Civil Veterinary Department Bengal reports 1923-33 - 1923-1933
Year: 1923
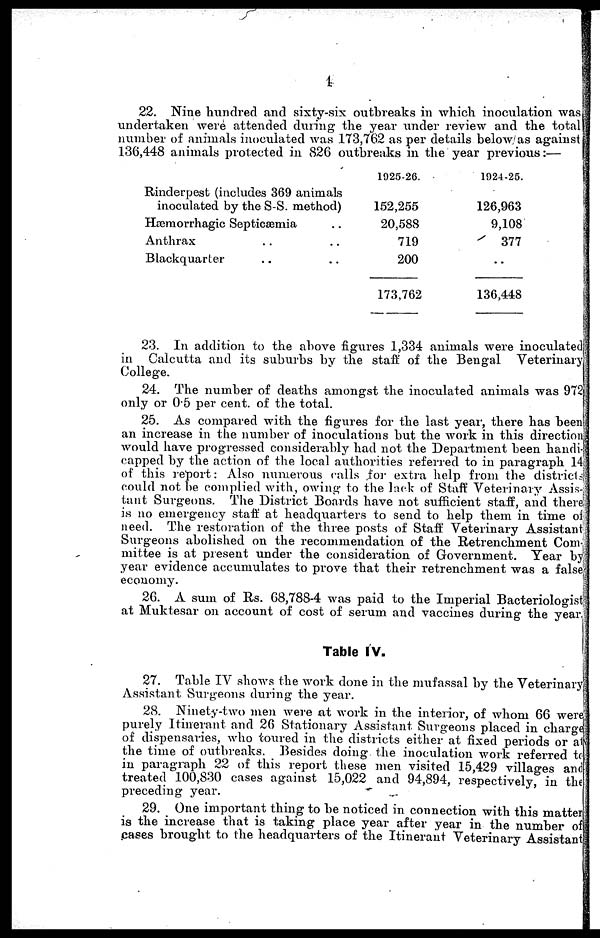
1
22. Nine hundred and sixty-six outbreaks in which inoculation was
undertaken were attended during the year under review and the total
number of animals inoculated was 173,762 as per details below as against
136,448 animals protected in 826 outbreaks in the year previous :—
Rinderpest (includes 369 animals
inoculated by the S-S. method)
Hæmorrhagic Septicæmia ..
Anthrax .. ..
Blackquarter .. ..
1925-26.
152,255
20,588
719
200
173,762
1924-25.
126,963
9,108
377
..
136,448
23. In addition to the above figures 1,334 animals were inoculated
in Calcutta and its suburbs by the staff of the Bengal Veterinary
College.
24. The number of deaths amongst the inoculated animals was 972
only or 05 per cent. of the total.
25. As compared with the figures for the last year, there has been
an increase in the number of inoculations but the work in this direction
would have progressed considerably had not the Department been handi-
capped by the action of the local authorities referred to in paragraph 14
of this report: Also numerous rails for extra help from the districts
could not be complied with, owing to the lack of Staff Veterinary Assis-
tant Surgeons. The District Boards have not sufficient staff, and there
is no emergency staff at headquarters to send to help them in time of
need. The restoration of the three posts of Staff Veterinary Assistant
Surgeons abolished on the recommendation of the Retrenchment Com-
mittee is at present under the consideration of Government. Year by
year evidence accumulates to prove that their retrenchment was a false
economy.
26. A sum of Rs. G8,788-4 was paid to the Imperial Bacteriologist
at Muktesar on account of cost of serum and vaccines during the year.
Table IV.
27. Table IV shows the work done in the mufassal by the Veterinary
Assistant Surgeons during the year.
28. Ninety-two men were at work in the interior, of whom 66 were
purely Itinerant and 26 Stationary Assistant Surgeons placed in charge
of dispensaries, who toured in the districts either at fixed periods or al
the time of outbreaks. Besides doing the inoculation work referred to
in paragraph 22 of this report these men visited 15,429 villages and
treated 100,830 cases against 15,022 and 94,894, respectively, in the
preceding year.
29. One important thing to be noticed in connection with this matter
is the increase that is taking place year after year in the number of
cases brought to the headquarters of the Itinerant Veterinary Assistant